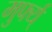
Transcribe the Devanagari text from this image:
मुर्फ्य्